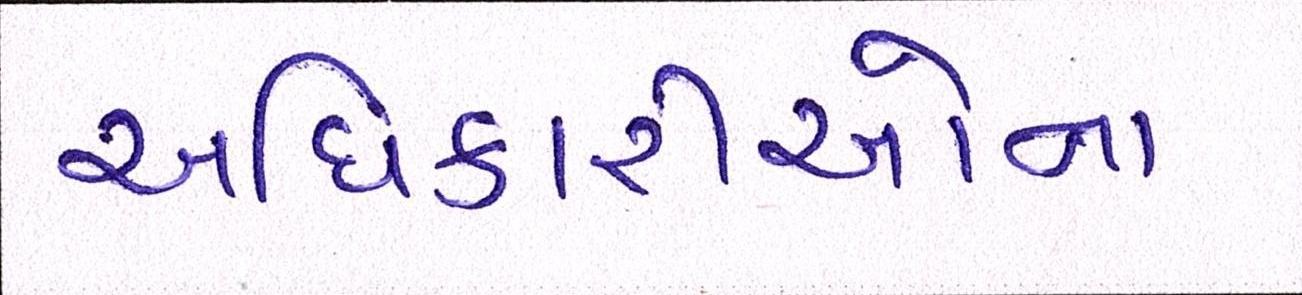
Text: અધિકારીઓના